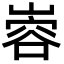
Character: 𫶎